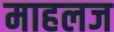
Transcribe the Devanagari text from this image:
माहलज